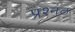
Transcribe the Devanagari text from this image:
प्रश्नठ